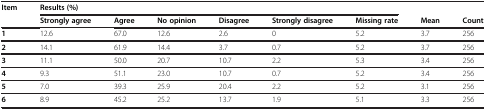
<table><thead><tr><td><b>Item</b></td><td colspan="6"><b>Results (%)</b></td><td><b> </b></td><td><b> </b></td></tr><tr><td><b> </b></td><td><b>Strongly agree</b></td><td><b>Agree</b></td><td><b>No opinion</b></td><td><b>Disagree</b></td><td><b>Strongly disagree</b></td><td><b>Missing rate</b></td><td><b>Mean</b></td><td><b>Count</b></td></tr></thead><tbody><tr><td><b>1</b></td><td>12.6</td><td>67.0</td><td>12.6</td><td>2.6</td><td>0</td><td>5.2</td><td>3.7</td><td>256</td></tr><tr><td><b>2</b></td><td>14.1</td><td>61.9</td><td>14.4</td><td>3.7</td><td>0.7</td><td>5.2</td><td>3.7</td><td>256</td></tr><tr><td><b>3</b></td><td>11.1</td><td>50.0</td><td>20.7</td><td>10.7</td><td>2.2</td><td>5.3</td><td>3.4</td><td>256</td></tr><tr><td><b>4</b></td><td>9.3</td><td>51.1</td><td>23.0</td><td>10.7</td><td>0.7</td><td>5.2</td><td>3.4</td><td>256</td></tr><tr><td><b>5</b></td><td>7.0</td><td>39.3</td><td>25.9</td><td>20.4</td><td>2.2</td><td>5.2</td><td>3.1</td><td>256</td></tr><tr><td><b>6</b></td><td>8.9</td><td>45.2</td><td>25.2</td><td>13.7</td><td>1.9</td><td>5.1</td><td>3.3</td><td>256</td></tr></tbody></table>